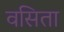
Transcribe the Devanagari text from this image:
वसिता